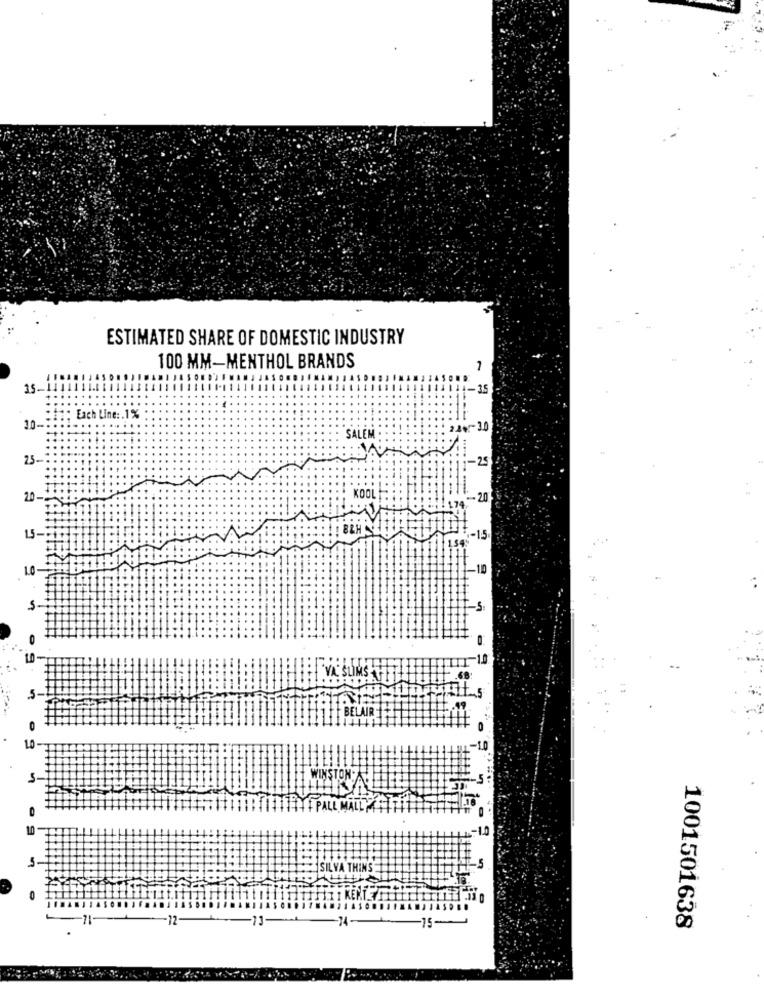
ESTIMATED SHARE OF DOMESTIC INDUSTRY
100 MM-MENTHOL BRANDS
-
35
: Each Line :. 1%
30-
SALEM
25-
-25
20-
20
1.5-
-15
ELAIR
WINSTON; A
SILY
-12
13-
15-
1001501638